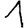
Digit: 1